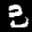
Label: 3